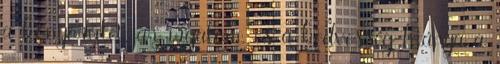
a könyörület, az irgalom, és a kedvesség hiánya a